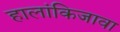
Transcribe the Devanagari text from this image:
हालांकिजावा